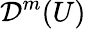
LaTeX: {\mathcal{D}}^{m}(U)